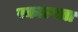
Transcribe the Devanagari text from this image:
रकाल्पता